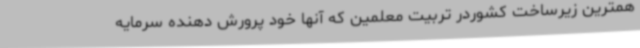
همترین زیرساخت کشوردر تربیت معلمین که آنها خود پرورش دهنده سرمایه